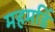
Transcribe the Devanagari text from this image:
महमडिं